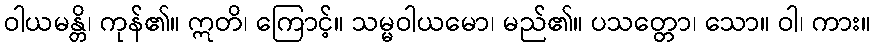
ဝါယမန္တိ၊ ကုန်၏။ ဣတိ၊ ကြောင့်။ သမ္မဝါယမော၊ မည်၏။ ပသတ္တော၊ သော။ ဝါ၊ ကား။